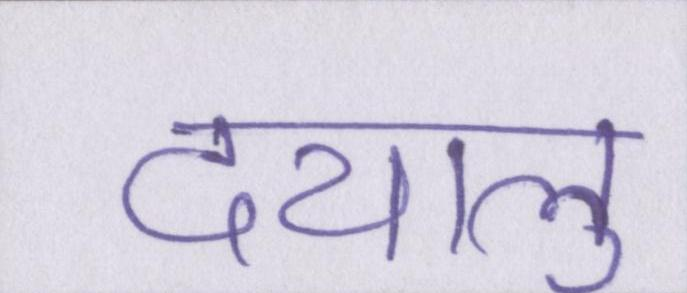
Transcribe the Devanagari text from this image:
दयालु